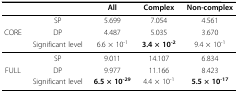
<table><thead><tr><td></td><td></td><td><b>All</b></td><td><b>Complex</b></td><td><b>Non-complex</b></td></tr></thead><tbody><tr><td></td><td>SP</td><td>5.699</td><td>7.054</td><td>4.561</td></tr><tr><td>CORE</td><td>DP</td><td>4.487</td><td>5.035</td><td>3.670</td></tr><tr><td></td><td>Significant level</td><td>6.6 × 10<sup>-1</sup></td><td><b>3.4 × 10<sup>-2</sup></b></td><td>9.4 × 10<sup>-1</sup></td></tr><tr><td></td><td>SP</td><td>9.011</td><td>14.107</td><td>6.834</td></tr><tr><td>FULL</td><td>DP</td><td>9.977</td><td>11.166</td><td>8.423</td></tr><tr><td></td><td>Significant level</td><td><b>6.5 × 10<sup>-29</sup></b></td><td>4.4 × 10<sup>-1</sup></td><td><b>5.5 × 10<sup>-17</sup></b></td></tr></tbody></table>